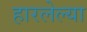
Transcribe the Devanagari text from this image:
हारलेल्या